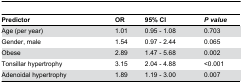
<table><thead><tr><td><b>Predictor</b></td><td><b>OR</b></td><td><b>95% CI </b></td><td><b><i>P value</i></b></td></tr></thead><tbody><tr><td>Age (per year)</td><td>1.01</td><td>0.95 - 1.08</td><td>0.703</td></tr><tr><td>Gender, male</td><td>1.54</td><td>0.97 - 2.44</td><td>0.065</td></tr><tr><td>Obese</td><td>2.89</td><td>1.47 - 5.68</td><td>0.002</td></tr><tr><td>Tonsillar hypertrophy</td><td>3.15</td><td>2.04 - 4.88</td><td>&lt;0.001</td></tr><tr><td>Adenoidal hypertrophy</td><td>1.89</td><td>1.19 - 3.00</td><td>0.007</td></tr></tbody></table>